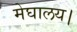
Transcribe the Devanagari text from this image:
मेघालय।